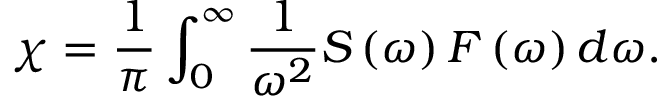
\chi = \frac { 1 } { \pi } \int _ { 0 } ^ { \infty } \frac { 1 } { \omega ^ { 2 } } S \left( \omega \right) F \left( \omega \right) d \omega .